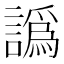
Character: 譌